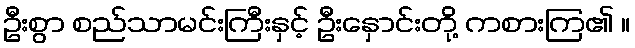
ဦးစွာ စည်သာမင်းကြီးနှင့် ဦးနှောင်းတို့ ကစားကြ၏ ။